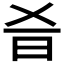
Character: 𣅎